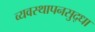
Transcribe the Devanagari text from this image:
व्यवस्थापनसुद्धा